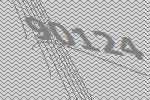
90124